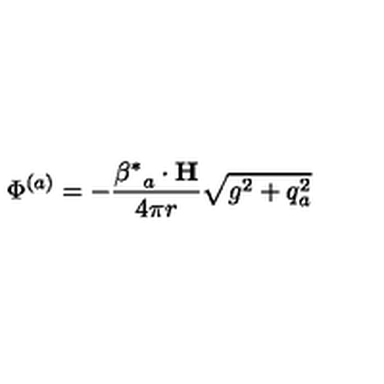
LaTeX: \Phi ^ { ( a ) } = - \frac { { { \mathrm { \boldmath \beta ^ * } } _ { a } } \cdot { \bf H } } { 4 \pi r } \sqrt { g ^ { 2 } + q _ { a } ^ { 2 } }